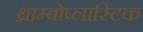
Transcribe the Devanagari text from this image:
थ्राम्बोप्लास्टिक